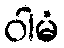
ဝါမံ